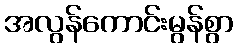
အလွန်ကောင်းမွန်စွာ